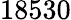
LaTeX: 18530